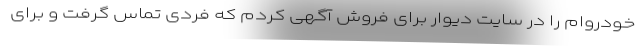
خودروام را در سایت دیوار برای فروش آگهی کردم که فردی تماس گرفت و برای